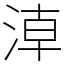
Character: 𣶃